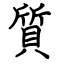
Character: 質